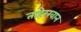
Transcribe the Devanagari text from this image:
ताहेरखान